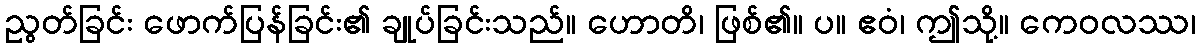
ညွတ်ခြင်း ဖောက်ပြန်ခြင်း၏ ချုပ်ခြင်းသည်။ ဟောတိ၊ ဖြစ်၏။ ပ။ ဧဝံ၊ ဤသို့။ ကေဝလဿ၊